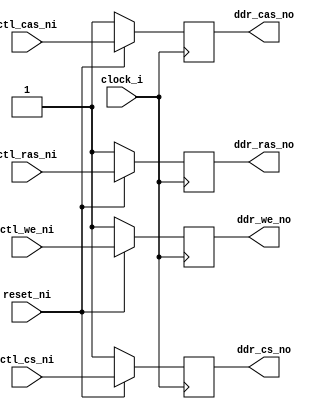
/***************************************************************************
 *                                                                         *
 *   iobs_control.v - The control pin IOBs of the DDR controller.          *
 *                                                                         *
 *   Copyright (C) 2007 by Patrick Suggate                                 *
 *   patrick@physics.otago.ac.nz                                           *
 *                                                                         *
 *   This program is free software; you can redistribute it and/or modify  *
 *   it under the terms of the GNU General Public License as published by  *
 *   the Free Software Foundation; either version 2 of the License, or     *
 *   (at your option) any later version.                                   *
 *                                                                         *
 *   This program is distributed in the hope that it will be useful,       *
 *   but WITHOUT ANY WARRANTY; without even the implied warranty of        *
 *   MERCHANTABILITY or FITNESS FOR A PARTICULAR PURPOSE.  See the         *
 *   GNU General Public License for more details.                          *
 *                                                                         *
 *   You should have received a copy of the GNU General Public License     *
 *   along with this program; if not, write to the                         *
 *   Free Software Foundation, Inc.,                                       *
 *   59 Temple Place - Suite 330, Boston, MA  02111-1307, USA.             *
 ***************************************************************************/

`timescale 1ns/100ps
module iobs_control (
	clock_i,
	reset_ni,
	
	ctl_cs_ni,
	ctl_ras_ni,
	ctl_cas_ni,
	ctl_we_ni,
	
	ddr_cs_no,
	ddr_ras_no,
	ddr_cas_no,
	ddr_we_no
);

input	clock_i;
input	reset_ni;

input	ctl_cs_ni;
input	ctl_ras_ni;
input	ctl_cas_ni;
input	ctl_we_ni;

output	ddr_cs_no;
output	ddr_ras_no;
output	ddr_cas_no;
output	ddr_we_no;


// synthesis attribute iob of ddr_cs_no is true ;
// synthesis attribute iob of ddr_ras_no is true ;
// synthesis attribute iob of ddr_cas_no is true ;
// synthesis attribute iob of ddr_we_no is true ;
reg	ddr_cs_no	= 1;
reg	ddr_ras_no	= 1;
reg	ddr_cas_no	= 1;
reg	ddr_we_no	= 1;


always @(posedge clock_i)
begin
	if (!reset_ni)
	begin
		ddr_cs_no	<= 1;
		ddr_ras_no	<= 1;
		ddr_cas_no	<= 1;
		ddr_we_no	<= 1;
	end
	else
	begin
		ddr_cs_no	<= ctl_cs_ni;
		ddr_ras_no	<= ctl_ras_ni;
		ddr_cas_no	<= ctl_cas_ni;
		ddr_we_no	<= ctl_we_ni;
	end
end


endmodule	// iobs_control